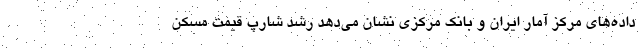
داده‌های مرکز آمار ایران و بانک مرکزی نشان می‌دهد رشد شارپ قیمت مسکن